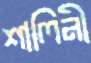
শালিনী